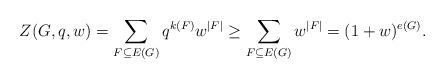
LaTeX: \begin{align*}Z(G,q,w)=\sum_{F\subseteq E(G)}q^{k(F)}w^{|F|}\geq \sum_{F\subseteq E(G)}w^{|F|}=(1+w)^{e(G)}.\end{align*}